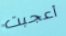
أعجبت